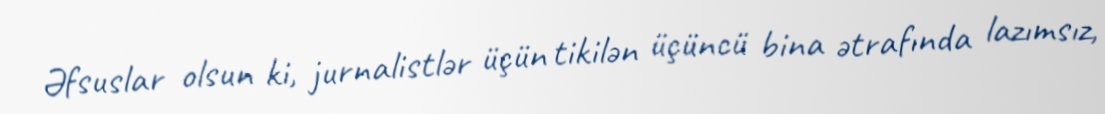
Əfsuslar olsun ki, jurnalistlər üçün tikilən üçüncü bina ətrafında lazımsız,